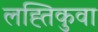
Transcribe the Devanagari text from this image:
लह्तिकुवा